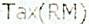
TAX(RM)